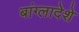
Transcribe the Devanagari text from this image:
बांग्लादेशे